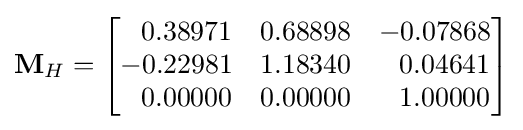
\mathbf {M} _{H}={\begin{bmatrix}\;\;\,0.38971&0.68898&-0.07868\\-0.22981&1.18340&\;\;\,0.04641\\\;\;\,0.00000&0.00000&\;\;\,1.00000\end{bmatrix}}